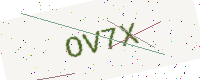
Text: OV7X